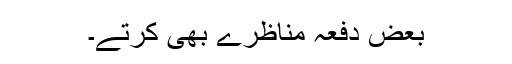
بعض دفعہ مناظرے بھی کرتے۔